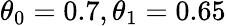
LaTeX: \theta_{0}=0.7,\theta_{1}=0.65